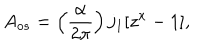
A _ { o s } = \left( \frac { \alpha } { 2 \pi } \right) j _ { 1 } [ z ^ { x } - 1 ] ,